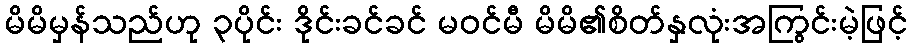
မိမိမှန်သည်ဟု ၃ပိုင်း ဒိုင်းခင်ခင် မဝင်မီ မိမိ၏စိတ်နှလုံးအကြွင်းမဲ့ဖြင့်